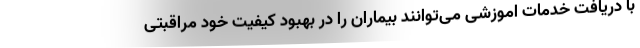
با دریافت خدمات اموزشی می‌توانند بیماران را در بهبود کیفیت خود مراقبتی